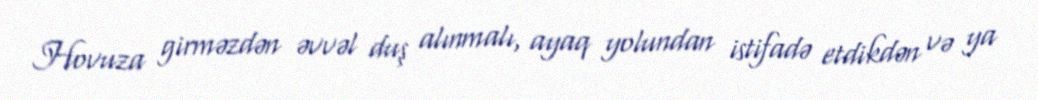
Hovuza girməzdən əvvəl duş alınmalı, ayaq yolundan istifadə etdikdən və ya